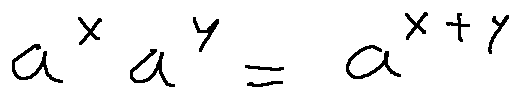
a ^ { x } a ^ { y } = a ^ { x + y }